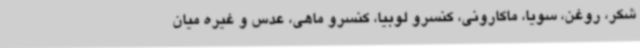
شکر، روغن، سویا، ماکارونی، کنسرو لوبیا، کنسرو ماهی، عدس و غیره میان